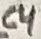
Text: C4